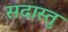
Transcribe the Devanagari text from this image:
सदास्तु